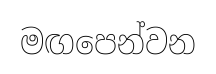
මඟපෙන්වන